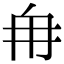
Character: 𮉼